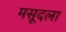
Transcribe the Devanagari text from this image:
मसूदला